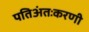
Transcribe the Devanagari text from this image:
पतिअंतःकरणी